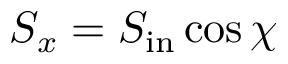
S _ { x } = S _ { \mathrm { i n } } \cos \chi